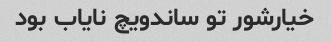
خیارشور تو ساندویچ نایاب بود